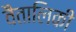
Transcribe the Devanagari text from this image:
वैतालिकी